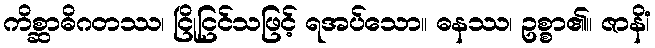
ကိစ္ဆာဓိဂတဿ၊ ငြိုငြင်သဖြင့် ရအပ်သော။ ဓနဿ၊ ဥစ္စာ၏။ ဇာနိံ၊